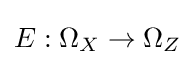
E:\Omega _{X}\to \Omega _{Z}